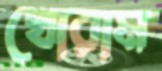
খোরাম